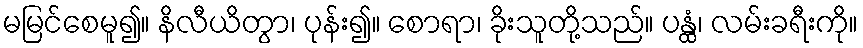
မမြင်စေမူ၍။ နိလီယိတွာ၊ ပုန်း၍။ စောရာ၊ ခိုးသူတို့သည်။ ပန္ထံ၊ လမ်းခရီးကို။